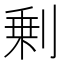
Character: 剰